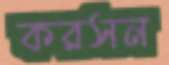
করসন